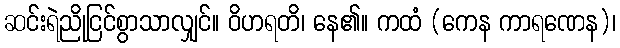
ဆင်းရဲညိုငြင်စွာသာလျှင်။ ဝိဟရတိ၊ နေ၏။ ကထံ (ကေန ကာရဏေန)၊